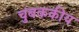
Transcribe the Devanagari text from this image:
चुंबककीय